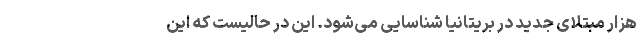
هزار مبتلای جدید در بریتانیا شناسایی می‌شود. این در حالیست که این